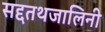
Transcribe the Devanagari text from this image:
सद्दतथजालिनी